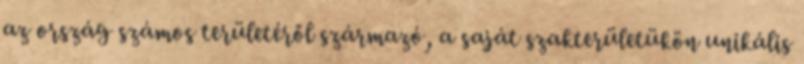
az ország számos területéről származó, a saját szakterületükön unikális